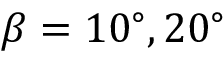
\beta = 1 0 ^ { \circ } , 2 0 ^ { \circ }